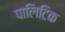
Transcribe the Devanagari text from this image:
पालिटिक